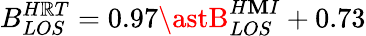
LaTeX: B_{LOS}^{H\mathbb{R}T}=0.97\astB_{LOS}^{H\mathbf{M}I}+0.73